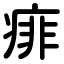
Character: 痱